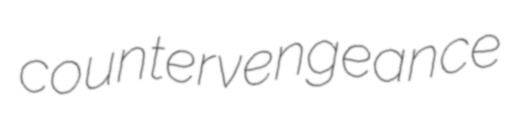
countervengeance